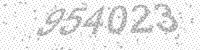
Solution: 954023